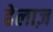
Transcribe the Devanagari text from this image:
हेलाज़